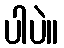
ပါပဲ။